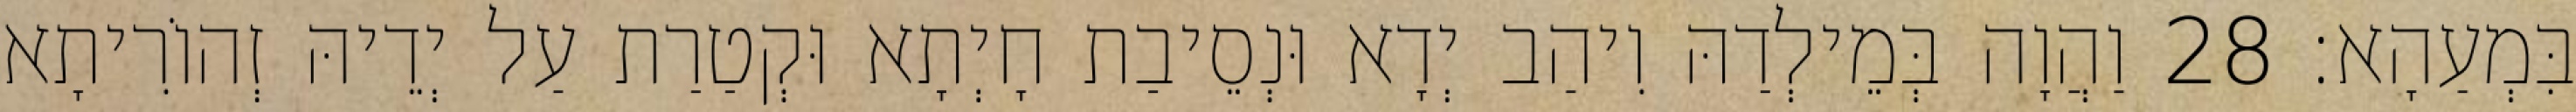
בִּמְעַהָא׃ 28 וַהֲוָה בְּמֵילְדַהּ וִיהַב יְדָא וּנְסֵיבַת חָיְתָא וּקְטַרַת עַל יְדֵיהּ זְהוֹרִיתָא